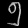
Digit: ၅